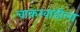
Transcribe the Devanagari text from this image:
चाकरवाडीला